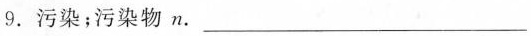
9. 污染；污染物 n. ___